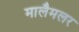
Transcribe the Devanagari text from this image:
मालैमलर